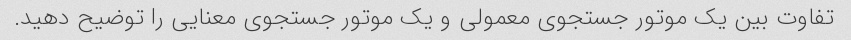
تفاوت بین یک موتور جستجوی معمولی و یک موتور جستجوی معنایی را توضیح دهید.